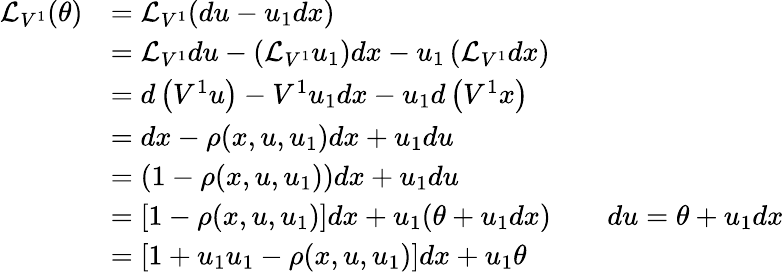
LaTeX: {\begin{array}{rlrl}{{\mathcal{L}}_{V^{1}}(\theta)}&{={\mathcal{L}}_{V^{1}}(du-u_{1}dx)}\\ &{={\mathcal{L}}_{V^{1}}du-\left({\mathcal{L}}_{V^{1}}u_{1}\right)dx-u_{1}\left({\mathcal{L}}_{V^{1}}dx\right)}\\ &{=d\left(V^{1}u\right)-V^{1}u_{1}dx-u_{1}d\left(V^{1}x\right)}\\ &{=dx-\rho(x,u,u_{1})dx+u_{1}du}\\ &{=(1-\rho(x,u,u_{1}))dx+u_{1}du}\\ &{=[1-\rho(x,u,u_{1})]dx+u_{1}(\theta+u_{1}dx)}&&{du=\theta+u_{1}dx}\\ &{=[1+u_{1}u_{1}-\rho(x,u,u_{1})]dx+u_{1}\theta}\end{array}}